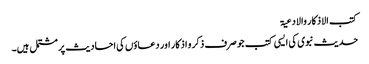
کتب الاذکار والادعیۃ
حدیث نبوی کی ایسی کتب جو صرف ذکر و اذکار اور دعاؤں کی احادیث پر مشتمل ہیں۔